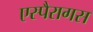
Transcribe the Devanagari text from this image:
एस्पैरागस